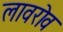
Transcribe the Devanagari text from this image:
लावरोव